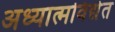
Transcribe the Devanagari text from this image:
अध्यात्मविद्येत